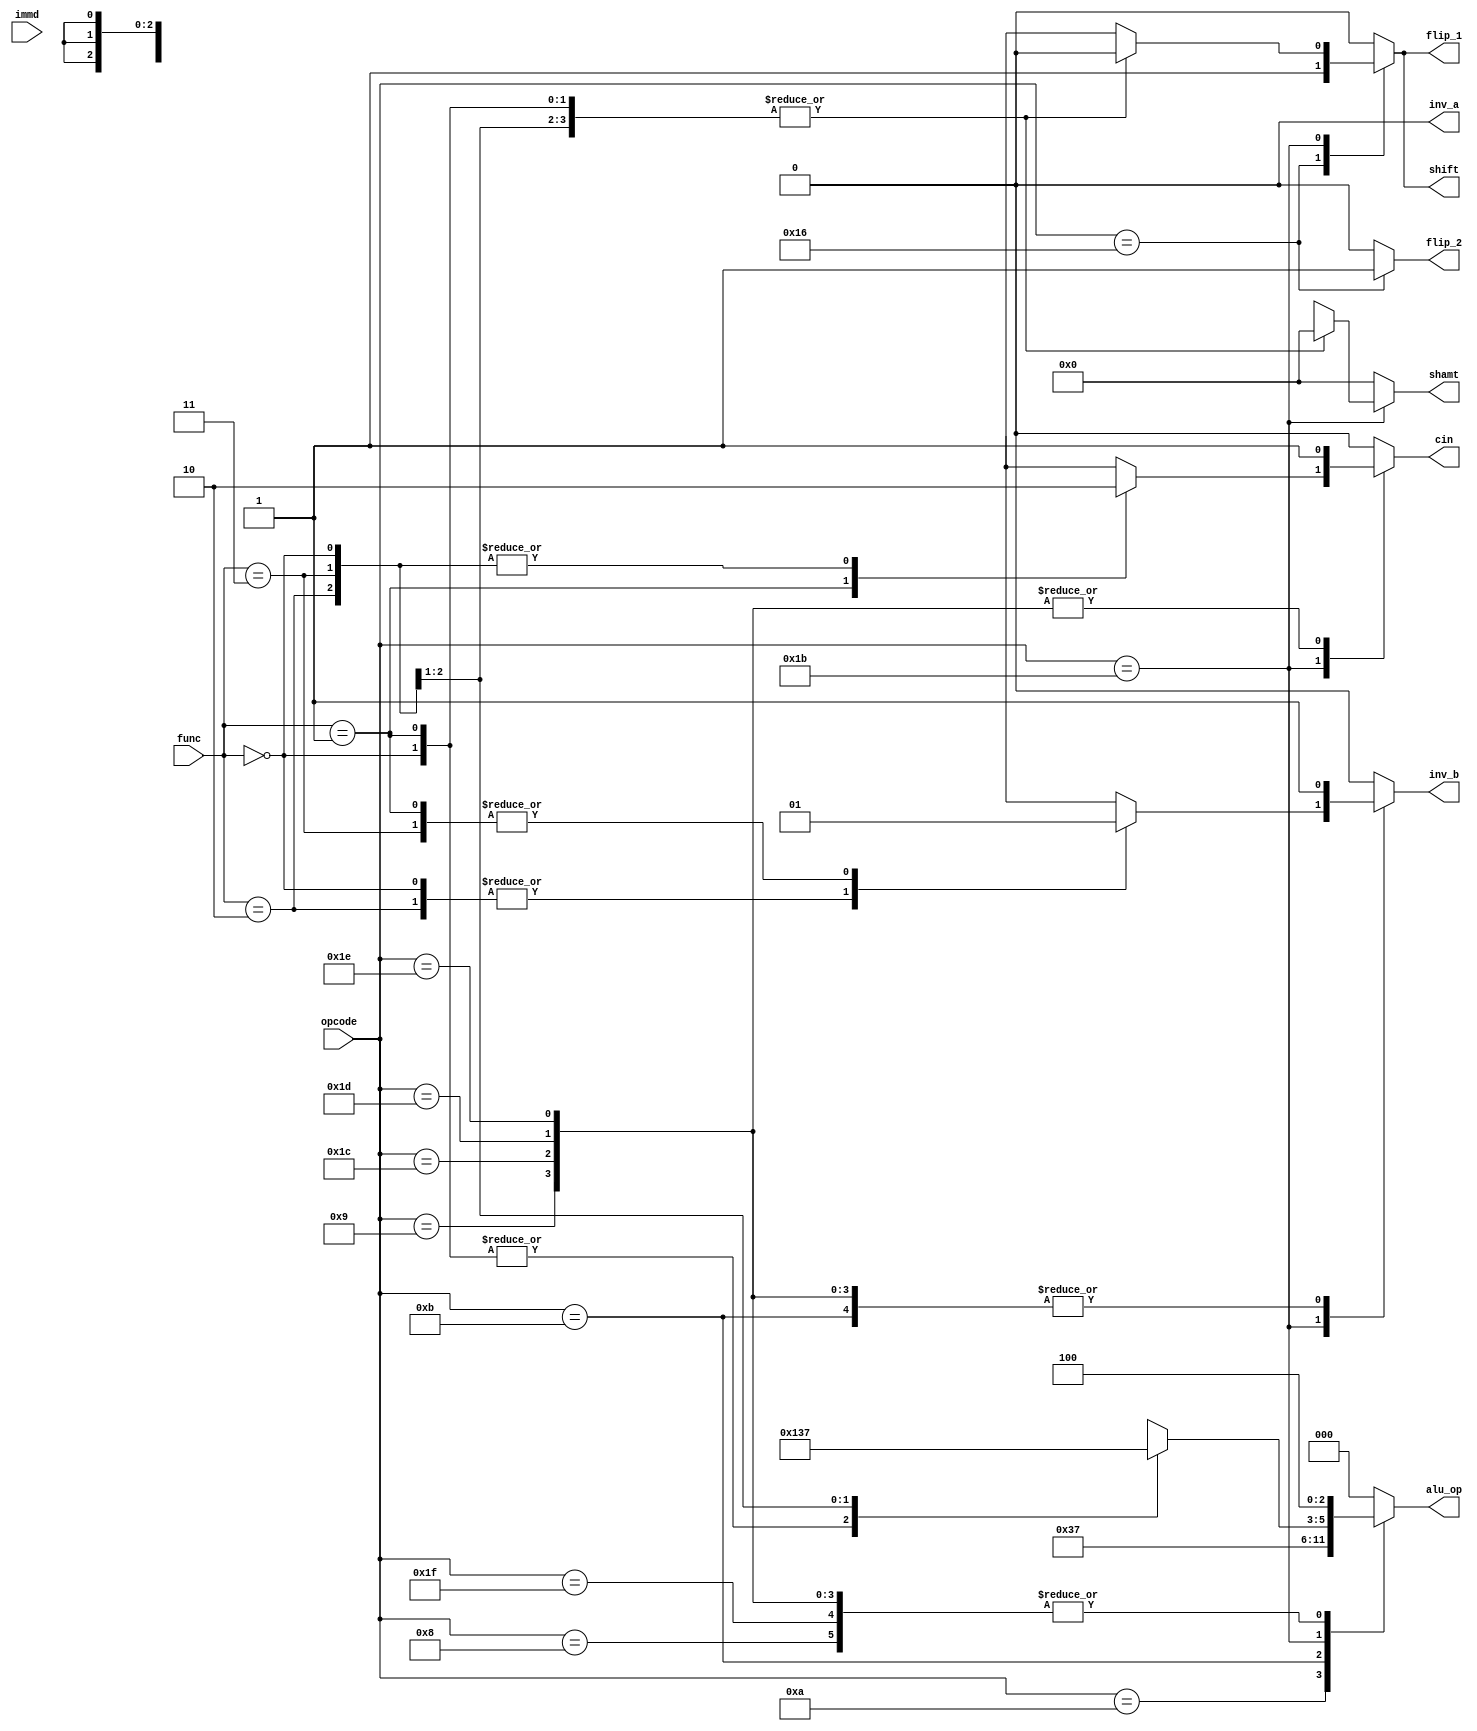
module alu_control(
  //output
  alu_op,
  inv_a,
  inv_b,
  cin,
  shamt,
  flip_1,
  flip_2,
  shift,

  //input
  opcode,
  func,
  immd
);

  output reg[2:0] alu_op;
  output reg inv_a;
  output reg inv_b;
  output reg cin;
  output reg [3:0] shamt;
  output reg flip_1;
  output reg flip_2; 
  output reg shift; 

  input [4:0] opcode;
  input [1:0] func;
  input [3:0] immd;

  always @ *
  begin
    inv_a = 1'b0;	
    alu_op = 3'b000;
    inv_b = 1'b0;
    cin = 1'b0; 
    shamt = 4'b0000;
    flip_1 = 1'b0;
    flip_2 = 1'b0;
    shift = 1'b0;

    case(opcode)
			5'b01000 : //ADDI
			begin
				alu_op = 3'b100;
				inv_b = 0;
        cin = 0;
    		shamt = 4'b0000;
	    	flip_1 = 1'b0;
      	flip_2 = 1'b0;
		    shift = 1'b0;
		end      

	    5'b01001 : //SUBI
		  begin
				alu_op = 3'b100;
				inv_b = 1'b1;
        cin = 1'b1;
        shamt = 4'b0000;
	    	flip_1 = 1'b0;
      	flip_2 = 1'b0;
		    shift = 1'b0;
		end      

      5'b01010 : //XORI
			begin
				alu_op = 3'b110; 
				inv_b = 1'b0;
				cin = 1'b0;		
        shamt = 4'b0000;
	    	flip_1 = 1'b0;
      	flip_2 = 1'b0;
		    shift = 1'b0;
		end

			5'b01011 : //ANDNI
			begin
				alu_op = 3'b111;
				inv_b = 1'b1;
				cin = 1'b0;
        shamt = 4'b0000;
	    	flip_1 = 1'b0;
      	flip_2 = 1'b0;
		    shift = 1'b0;
		end

      5'b01001 : //ROLI
			begin
				alu_op = 3'b000;
				inv_b = 1'b0;
				cin = 1'b0;
				shamt = immd;
  	    flip_1 = 1'b0;
      	flip_2 = 1'b0;
 		    shift = 1'b1;
	   	end

      5'b01010 : //SLLI
			begin
				alu_op = 3'b001; 
				inv_b = 1'b0;
        cin = 1'b0;
				shamt = immd;
	    	flip_1 = 1'b0;
				flip_2 = 1'b0;
 		    shift = 1'b1;
			end

      5'b10110 : //RORI
			begin
				alu_op = 3'b000; 
				inv_b = 1'b0;
        cin = 1'b0;
				shamt = 4'b0000;
	    	flip_1 = 1'b1;
      	flip_2 = 1'b1;
 		    shift = 1'b1;
			end

      5'b10110 : //SRLI
			begin
				alu_op = 3'b011; 
				inv_b = 1'b0;
        cin = 1'b0;
				shamt = immd;
	    	flip_1 = 1'b0;
      	flip_2 = 1'b0;
 		    shift = 1'b1;
			end

      5'b10110 : //ST
			begin
				alu_op = 3'b100; 
				inv_b = 1'b0;
        cin = 1'b0;
				shamt = 4'b0000;
	    	flip_1 = 1'b0;
      	flip_2 = 1'b0;
 		    shift = 1'b0;
			end

      5'b10110 : //LD
			begin
				alu_op = 3'b100; 
				inv_b = 1'b0;
        cin = 1'b0;
				shamt = 4'b0000;
	    	flip_1 = 1'b0;
      	flip_2 = 1'b0;
 		    shift = 1'b0;
			end

      5'b10110 : //STU
			begin
				alu_op = 3'b100; 
				inv_b = 1'b0;
        cin = 1'b0;
				shamt = 4'b0000;
	    	flip_1 = 1'b0;
      	flip_2 = 1'b0;
 		    shift = 1'b0;
			end

			5'b11011 : //ADD, SUB, XOR, ANDN
			begin

				case(func)
					2'b00 : //ADD
						begin
							alu_op = 3'b100;
							inv_b = 1'b0;
							cin = 1'b0;
							shamt = 4'b0000;
							flip_1 = 1'b0;
							flip_1 = 1'b0;
 		    			shift = 1'b0;
						end

					2'b01 : //SUB
						begin
							alu_op = 3'b100;
							inv_b = 1'b1;
							cin = 1'b1;
							shamt = 4'b0000;
							flip_1 = 1'b0;
							flip_1 = 1'b0;
 		    			shift = 1'b0;
						end

					2'b10 : //XOR
						begin
							alu_op = 3'b110;
							inv_b = 1'b0;
							cin = 1'b0;
							shamt = 4'b0000;
							flip_1 = 1'b0;
							flip_1 = 1'b0;
 		    			shift = 1'b0;
						end

					2'b11 : //ANDN
						begin
							alu_op = 3'b111;
							inv_b = 1'b1;
							cin = 1'b0;
							shamt = 4'b0000;
							flip_1 = 1'b0;
							flip_1 = 1'b0;
 		    			shift = 1'b0;
						end
					endcase
			end

			5'b11011 : //ROL, SLL, ROR,SRL
			begin

				case(func)
					2'b00 : //ROL
						begin
							alu_op = 3'b000;
							inv_b = 1'b0;
							cin = 1'b0;
							shamt = immd;
							flip_1 = 1'b0;
							flip_1 = 1'b0;
 		    			shift = 1'b1;
						end

					2'b01 : //SLL
						begin
							alu_op = 3'b001;
							inv_b = 1'b0;
							cin = 1'b0;
							shamt = immd;
							flip_1 = 1'b0;
							flip_1 = 1'b0;
 		    			shift = 1'b1;
						end

					2'b10 : //ROR
						begin
							alu_op = 3'b000;
							inv_b = 1'b0;
							cin = 1'b0;
							shamt = immd;
							flip_1 = 1'b1;
							flip_1 = 1'b1;
 		    			shift = 1'b1;
						end

					2'b11 : //SRL
						begin
							alu_op = 3'b011;
							inv_b = 1'b0;
							cin = 1'b0;
							shamt = immd;
							flip_1 = 1'b0;
							flip_1 = 1'b0;
 		    			shift = 1'b1;
						end
					endcase
			end

			5'b11100 : //SEQ
			begin
				alu_op = 3'b100;
				inv_b = 1;
        cin = 1;
    		shamt = 4'b0000;
	    	flip_1 = 1'b0;
      	flip_2 = 1'b0;
 		    shift = 1'b0;
			end      

	    5'b11101 : //SLT
		  begin
				alu_op = 3'b100;
				inv_b = 1'b1;
        cin = 1'b1;
        shamt = 4'b0000;
	    	flip_1 = 1'b0;
      	flip_2 = 1'b0;
 		    shift = 1'b0;
			end      

      5'b11110 : //SLE
			begin
				alu_op = 3'b100; 
				inv_b = 1'b1;
				cin = 1'b1;		
        shamt = 4'b0000;
	    	flip_1 = 1'b0;
      	flip_2 = 1'b0;
 		    shift = 1'b0;
			end

			5'b11111 : //SCO	
			begin
				alu_op = 3'b100;
				inv_b = 1'b0;
				cin = 1'b0;
        shamt = 4'b0000;
	    	flip_1 = 1'b0;
      	flip_2 = 1'b0;
 		    shift = 1'b0;
			end

			default : 
			begin
		inv_a = 1'b0;
    		alu_op = 3'b000;
    		inv_b = 1'b0;
    		cin = 1'b0; 
    		shamt = 4'b0000;
    		flip_1 = 1'b0;
    		flip_2 = 1'b0;
 		    shift = 1'b0;
			end

    endcase
  end
endmodule